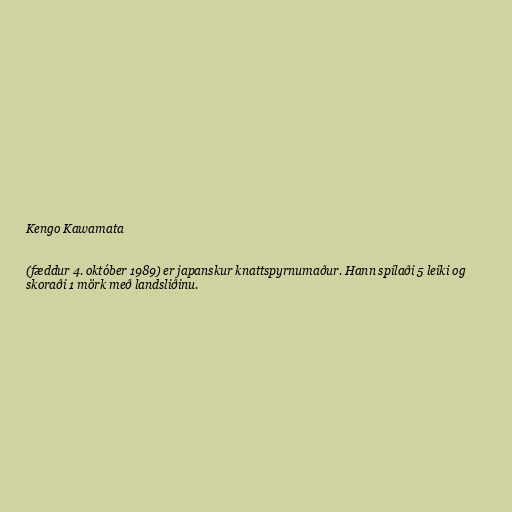
Kengo Kawamata

(fæddur 4. október 1989) er japanskur knattspyrnumaður. Hann spilaði 5 leiki og
skoraði 1 mörk með landsliðinu.